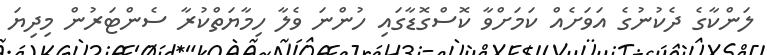
ލަންކާގެ ދެކުނުގެ އަވަށެއް ކަމަށްވާ ކޮސްގޮޑާގައި ހުންނަ ވެލާ ހިމާޔަތްކުރާ ސެންޓަރުން މިދިޔަ